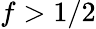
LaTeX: f>1/2